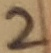
Text: 2